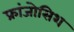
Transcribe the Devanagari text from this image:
फ्रांजोसिश